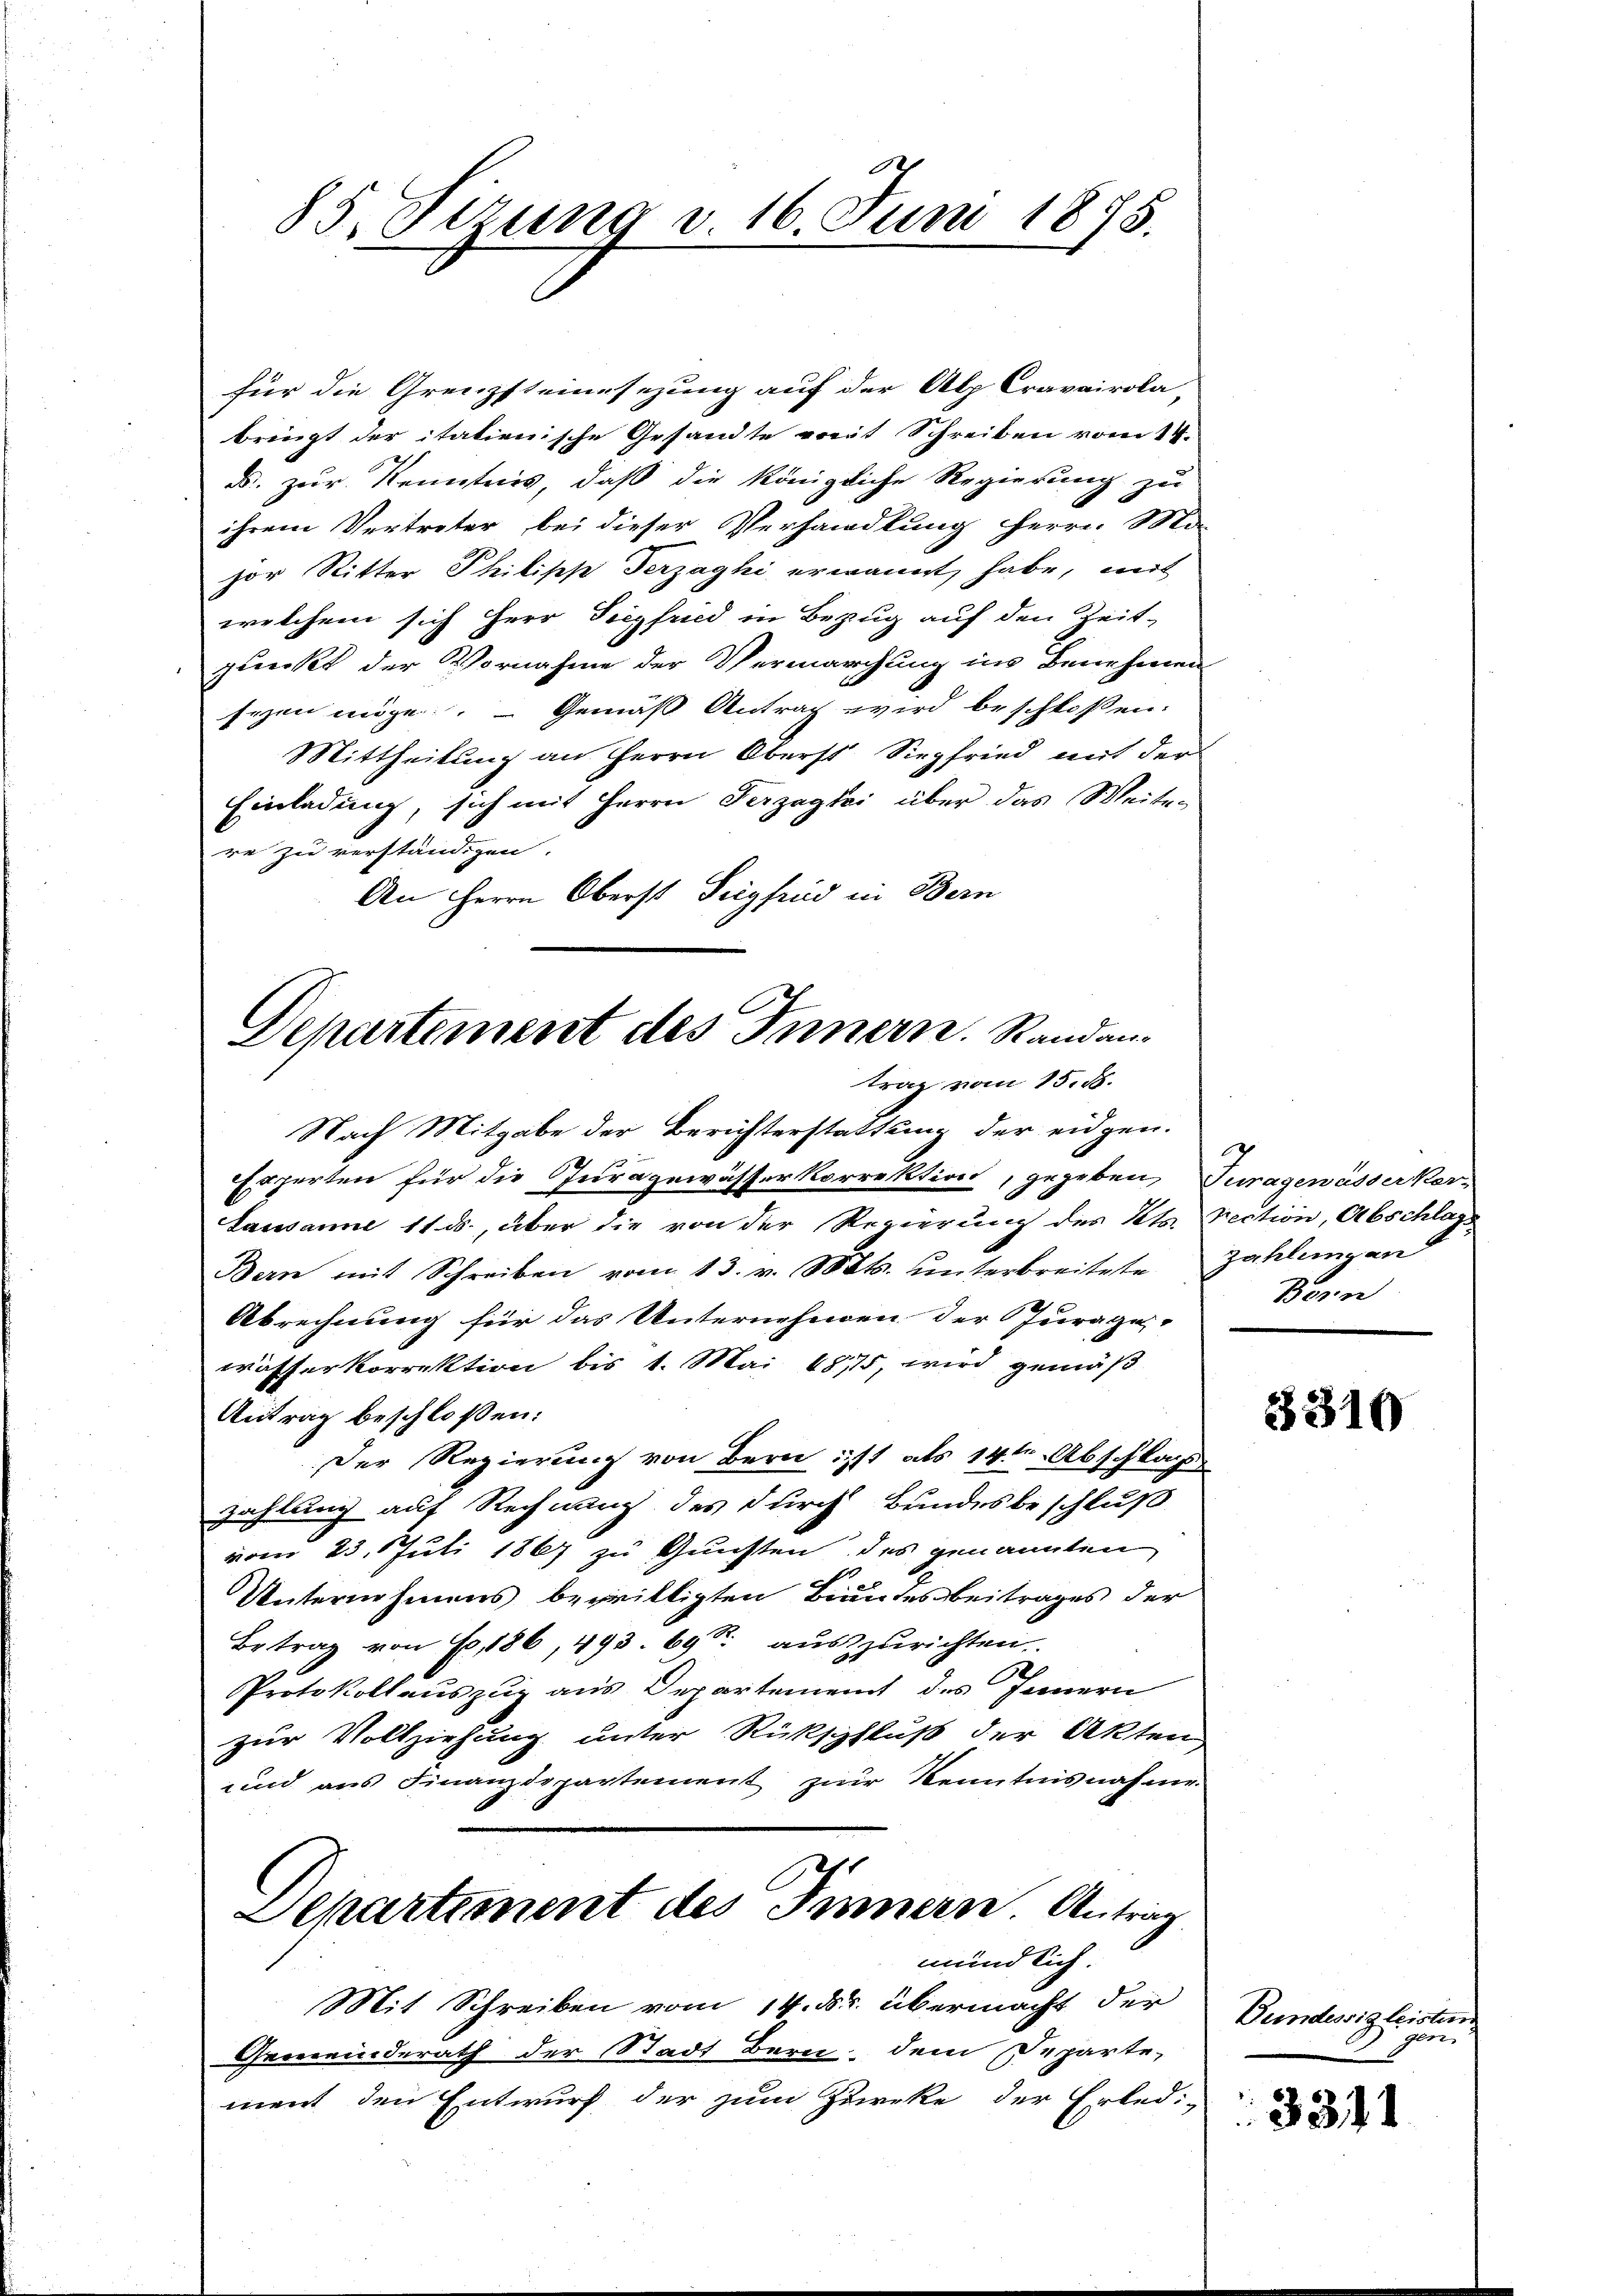
85. Fezung v. 16. Juni 1875.

für die Grenzsteinsezung auf der Alp Cravairola-
bringt der itationische Gesandte weit Schreiben vom 14.
d. zur Kenntnis, daß die königliche Regierung zu
ihrem Vertreter bei dieser Verhandlung herrn Ma-
jor Ritter Philisch Verzaghi erwannt habe, mit
welchem sich Herr Siegfried in Bezug auf den Zeit-
punkt der Vornahme der Vermarchung in Benehmen
seen möge. — Gemäß Antrag wird beschlossen:
Mittheilung an Herrn Oberst Siegfried mit der
Einladung, sich mit Herrn Terzaghi über das Weiten
re zu verständigen.
An Herrn Oberst Siegfrid in Bern
Nach Mitgabe der Berichterstattung der eidgen.
Experten für die Juragewässerkorrektion, gegeben Juragewässerker-
Lausanne 11. ds., über die von der Regierung des Kts. Rection, Abschlage
Bern mit Schreiben vom 13. v. Mts. unterbreitete Zahlungen
Abrechnung für das Unternehmen der Jurage-
wässerkorrektion bis 1. Mai 1875, wird gemäß
Antrag beschloßen:
Der Regierung von Bern ist als 14ten Abschlag
zahlung auf Rechnung des durch Bundesbeschluß
vom 23. Juli 1867 zu Gunsten des genannten
Unternehmens bewilligten Bundesbeitrages der
Betrag von Fr. 186, 493. 69 S. auszurichten.
Protokollauszug aus Departement des Innern
zur Vollziehung unter Rückschluß der Akten
und aus Finanzdepartement zur Kenntnisnahme.
Departement des Innern. Antrag

Departement des Innern. Randantrag vom 15. 18.

mündlich.

Mit Schreiben vom 14. dr. übermacht der
Gemeinderath der Stadt Bern, dem Departe,
ment den Entwurf der zum Zureke der Erledi-

2
Born

3310

Bundessig beistern
gen,

3311